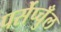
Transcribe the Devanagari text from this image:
पर्सेप्चुँल